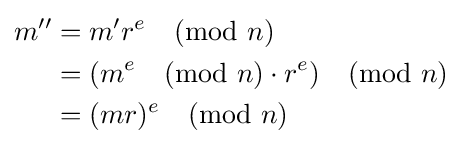
{\begin{aligned}m''&=m'r^{e}{\pmod {n}}\\&=(m^{e}{\pmod {n}}\cdot r^{e}){\pmod {n}}\\&=(mr)^{e}{\pmod {n}}\\\end{aligned}}